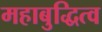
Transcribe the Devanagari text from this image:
महाबुद्धित्व